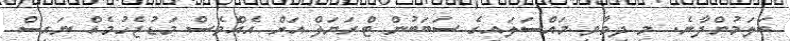
ބަލަމުންދާނެ. މި ދިމާވި މައްސަލައިގެ ސަބަބުން ޓްރަޔަލް އަށް އެއްވެސް މަޑުޖެހުމެއް ނައިސް